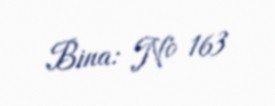
Bina: № 163